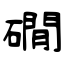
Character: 礀